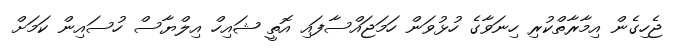
ޖެހިގެން އިމާރާތްކުރި ހިނަވާގެ ހުޅުވަން ހަމަޖައްސާފައި އޮތީ ޝައިހް އިލްޔާސް ހުސައިން ކަމަށް